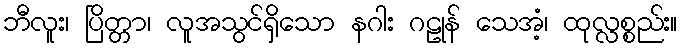
ဘီလူး၊ ပြိတ္တာ၊ လူအသွင်ရှိသော နဂါး ဂဠုန် သေအံ့၊ ထုလ္လစ္စည်း။